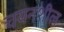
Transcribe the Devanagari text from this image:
चयनशील